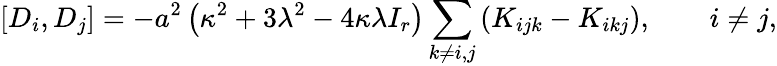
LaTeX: \left[D_{i},D_{j}\right]=-a^{2}\left(\kappa^{2}+3\lambda^{2}-4\kappa\lambda I_{r}\right)\sum_{k\ne i,j}\left(K_{ijk}-K_{ikj}\right),\qquad i\ne j,